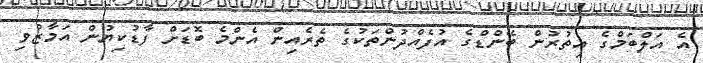
އެ އަލްބަމްގެ އިތުރުން ބޭންޑްގެ އުފެއްދުންތަކުގެ ތެރެއިން އެންމެ ބޮޑަށް ފާޑުކިޔުން އަމާޒުވި